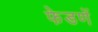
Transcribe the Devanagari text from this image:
फेडणें